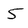
Character: 5